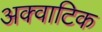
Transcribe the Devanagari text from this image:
अक्वाटिक